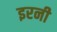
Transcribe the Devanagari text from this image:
इरनी